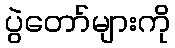
ပွဲတော်များကို